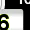
Digit: 6